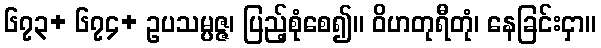
၆၇၃+ ၆၇၄+ ဥပသမ္ပဇ္ဇ၊ ပြည့်စုံစေ၍။ ဝိဟတုရီတုံ၊ နေခြင်းငှာ။